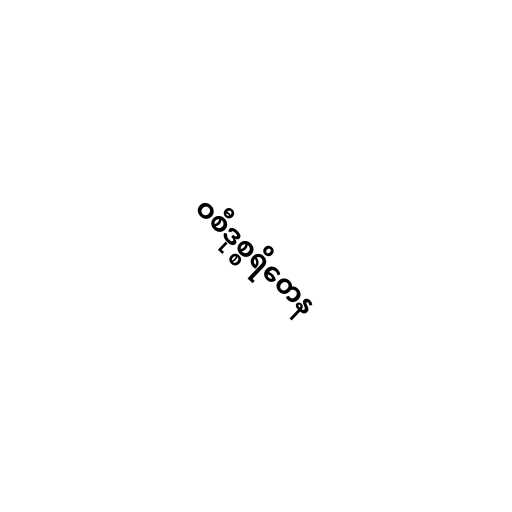
ဝစီဒုစ္စရိတေန